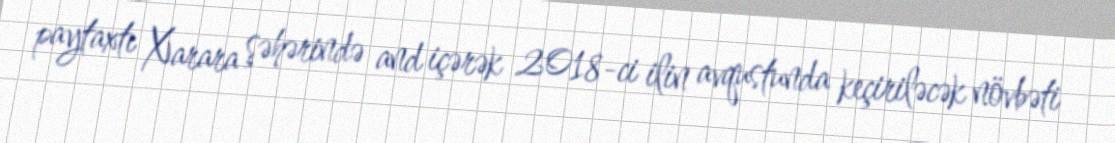
paytaxtı Xarara şəhərində and içərək 2018-ci ilin avqustunda keçiriləcək növbəti